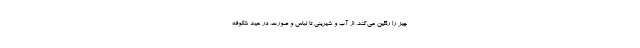
چیز را رنگین می‌کند، از آب و شیرینی تا لباس و صورت. در عید شکوفه